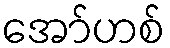
အော်ဟစ်